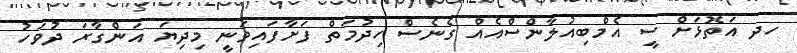
ހދ އަތޮޅަށް ސީ އެމްބިއުލާންސްއެއް ގެނެސް ހިދުމަތް ފަށާފައިވަނީ މިދިޔަ އަންގާރަ ދުވަހު